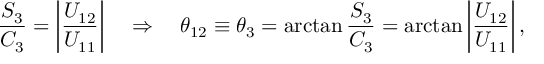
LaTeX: \frac { S _ { 3 } } { C _ { 3 } } = \left| \frac { U _ { 1 2 } } { U _ { 1 1 } } \right| \quad \Rightarrow \quad \theta _ { 1 2 } \equiv \theta _ { 3 } = \arctan \frac { S _ { 3 } } { C _ { 3 } } = \arctan \left| \frac { U _ { 1 2 } } { U _ { 1 1 } } \right| ,